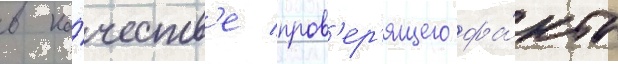
в ка́честв'е пров'ер'ящего фа́кты